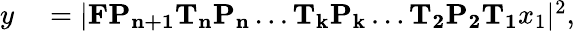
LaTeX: \begin{array}{rl}{y}&{{}=|\mathbf{F}\mathbf{P_{n+1}}\mathbf{T_{n}}\mathbf{P_{n}}\dots\mathbf{T_{k}}\mathbf{P_{k}}\dots\mathbf{T_{2}}\mathbf{P_{2}}\mathbf{T_{1}}x_{1}|^{2},}\end{array}